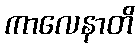
ကာလေနာတိ